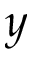
y